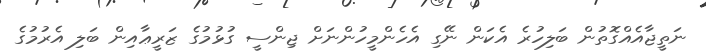
ނަތީޖާއެއްގޮތުން ބަލިހުރެ އެކަން ނޭގި އެހެންމީހުންނަށް ޖިންސީ ގުޅުމުގެ ޒަރީޢާއިން ބަލި އެރުމުގެ